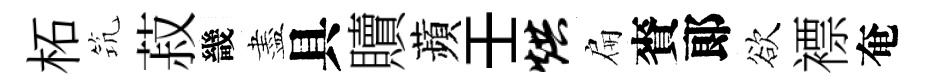
柘𥬑菽畿盡具贖蘋壬烘扁賚郞欲褾奄